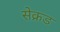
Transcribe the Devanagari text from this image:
सेक्रड